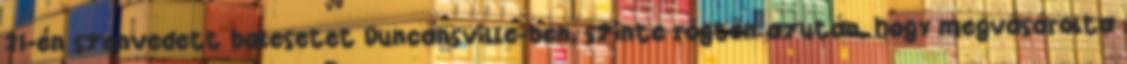
21-én szenvedett balesetet Duncansville-ben, szinte rögtön azután, hogy megvásárolta